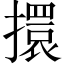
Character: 擐